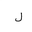
Letter: _lam